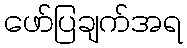
ဖော်ပြချက်အရ